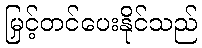
မြှင့်တင်ပေးနိုင်သည်